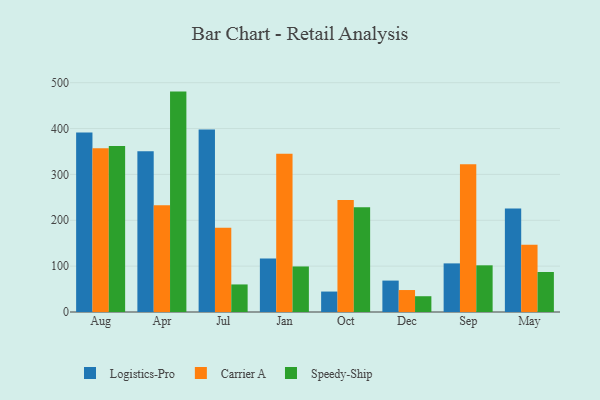
{"axis": {"x": "Month", "y": "Latency (ms)"}, "legend": ["Carrier A", "Logistics-Pro", "Speedy-Ship"], "data": [{"x": "Aug", "y": 391.3, "type": "Logistics-Pro"}, {"x": "Aug", "y": 357.2, "type": "Carrier A"}, {"x": "Aug", "y": 362.0, "type": "Speedy-Ship"}, {"x": "Apr", "y": 350.3, "type": "Logistics-Pro"}, {"x": "Apr", "y": 233.0, "type": "Carrier A"}, {"x": "Apr", "y": 480.6, "type": "Speedy-Ship"}, {"x": "Jul", "y": 397.7, "type": "Logistics-Pro"}, {"x": "Jul", "y": 183.9, "type": "Carrier A"}, {"x": "Jul", "y": 60.1, "type": "Speedy-Ship"}, {"x": "Jan", "y": 116.7, "type": "Logistics-Pro"}, {"x": "Jan", "y": 345.3, "type": "Carrier A"}, {"x": "Jan", "y": 99.3, "type": "Speedy-Ship"}, {"x": "Oct", "y": 44.6, "type": "Logistics-Pro"}, {"x": "Oct", "y": 244.0, "type": "Carrier A"}, {"x": "Oct", "y": 228.2, "type": "Speedy-Ship"}, {"x": "Dec", "y": 68.5, "type": "Logistics-Pro"}, {"x": "Dec", "y": 47.9, "type": "Carrier A"}, {"x": "Dec", "y": 34.4, "type": "Speedy-Ship"}, {"x": "Sep", "y": 106.0, "type": "Logistics-Pro"}, {"x": "Sep", "y": 322.0, "type": "Carrier A"}, {"x": "Sep", "y": 101.8, "type": "Speedy-Ship"}, {"x": "May", "y": 225.5, "type": "Logistics-Pro"}, {"x": "May", "y": 146.5, "type": "Carrier A"}, {"x": "May", "y": 87.2, "type": "Speedy-Ship"}]}